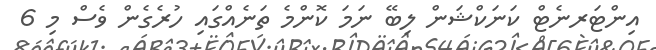
އިންޓަރނެޓް ކަނަކްޝަން ލިބޭ ނަމަ ކޮންމެ ތަނެއްގައި ހުރެގެން ވެސް މި 6